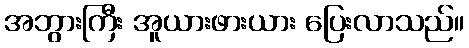
အဘွားကြီး အူယားဖားယား ပြေးလာသည်။